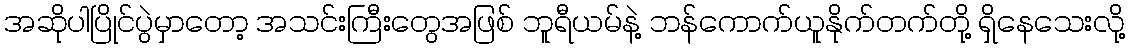
အဆိုပါပြိုင်ပွဲမှာတော့ အသင်းကြီးတွေအဖြစ် ဘူရီယမ်နဲ့ ဘန်ကောက်ယူနိုက်တက်တို့ ရှိနေသေးလို့